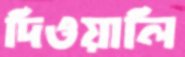
দিওয়ালি